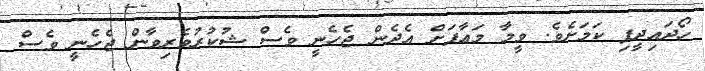
ހޯދައިދީފި ކަމަށެވެ. ވީމާ މަޢާފަށް އެދެން ޖެހެނީ ވެސް ޝުކުރުވެރިވާން ޖެހެނީ ވެސް